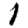
Digit: 1